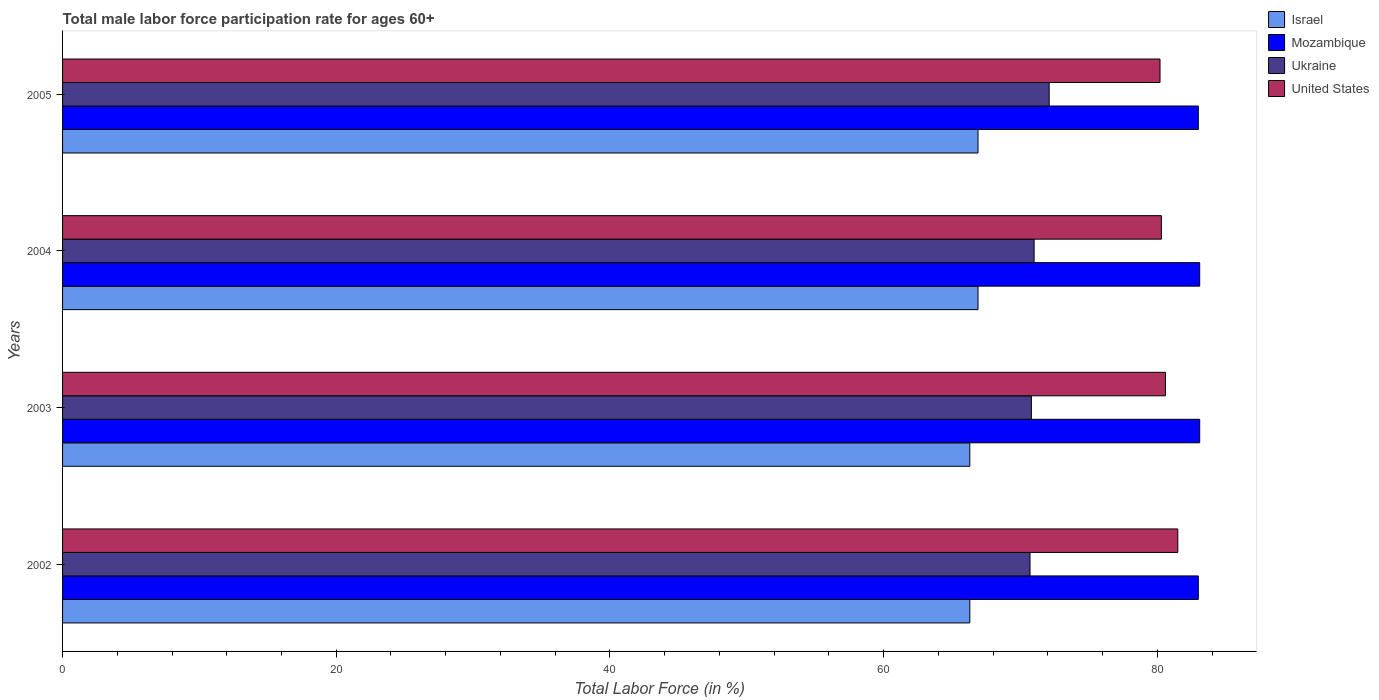
| Years | Israel | Mozambique | Ukraine | United States |
 | --- | --- | --- | --- | --- |
 | 2002 | 66.3 | 83 | 70.7 | 81.5 |
 | 2003 | 66.3 | 83.1 | 70.8 | 80.6 |
 | 2004 | 66.9 | 83.1 | 71 | 80.3 |
 | 2005 | 66.9 | 83 | 72.1 | 80.2 |